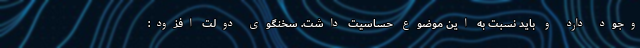
وجود دارد و باید نسبت به این موضوع حساسیت داشت. سخنگوی دولت افزود: